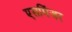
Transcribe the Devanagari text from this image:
एसमिंजर